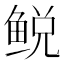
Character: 𫚛